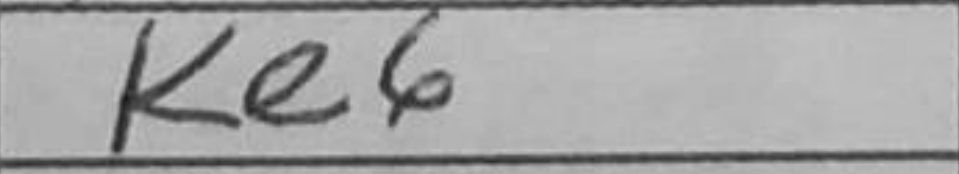
Transcription: Ke6